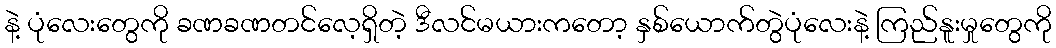
နဲ့ ပုံလေးတွေကို ခဏခဏတင်လေ့ရှိတဲ့ ဒီလင်မယားကတော့ နှစ်ယောက်တွဲပုံလေးနဲ့ ကြည်နူးမှုတွေကို